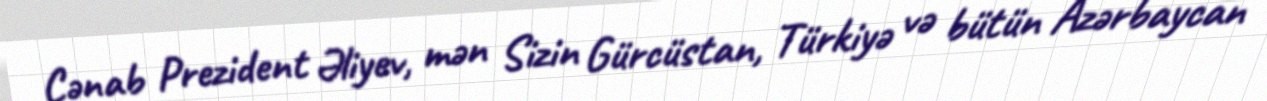
Cənab Prezident Əliyev, mən Sizin Gürcüstan, Türkiyə və bütün Azərbaycan